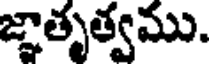
జ్ఞాతృత్వము.